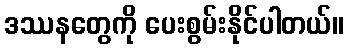
ဒဿနတွေကို ပေးစွမ်းနိုင်ပါတယ်။